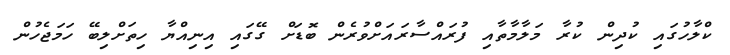
ކްލާހުގައި ކުދިން ކުރާ މަލާމާތާއި ފުރައްސާރައަށްވުރެން ބޮޑަށް ގޭގައި އިނިއްޔާ ހިތަށްލިބޭ ހަމަޖެހުން